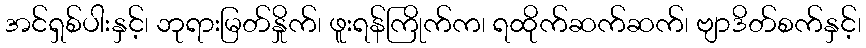
အင်ရှစ်ပါးနှင့်၊ ဘုရားမြတ်နှိုက်၊ ဖူးရန်ကြိုက်က၊ ရထိုက်ဆက်ဆက်၊ ဗျာဒိတ်စက်နှင့်၊